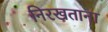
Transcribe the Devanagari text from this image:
निरखताना